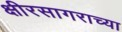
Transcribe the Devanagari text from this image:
क्षीरसागराच्या